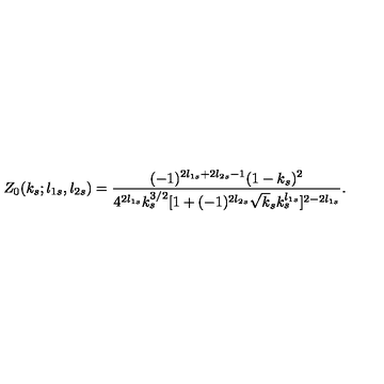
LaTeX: Z _ { 0 } ( k _ { s } ; l _ { 1 s } , l _ { 2 s } ) = \frac { ( - 1 ) ^ { 2 l _ { 1 s } + 2 l _ { 2 s } - 1 } ( 1 - k _ { s } ) ^ { 2 } } { 4 ^ { 2 l _ { 1 s } } k _ { s } ^ { 3 / 2 } [ 1 + ( - 1 ) ^ { 2 l _ { 2 s } } \sqrt k _ { s } k _ { s } ^ { l _ { 1 s } } ] ^ { 2 - 2 l _ { 1 s } } } .